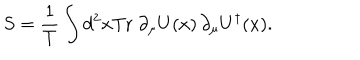
S = { \frac { 1 } { T } } \int d ^ { 2 } x \mathrm { T r } \; \partial _ { \mu } U ( x ) \, \partial _ { \mu } U ^ { \dagger } ( x ) .